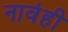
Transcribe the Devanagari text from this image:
नावंही